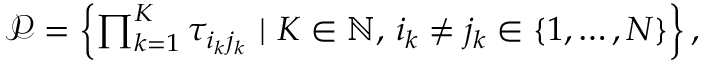
\begin{array} { r } { \mathcal { P } = \left\{ \prod _ { k = 1 } ^ { K } \tau _ { i _ { k } j _ { k } } ~ | ~ K \in \mathbb { N } , \, i _ { k } \neq j _ { k } \in \left\{ 1 , \dots , N \right\} \right\} , } \end{array}